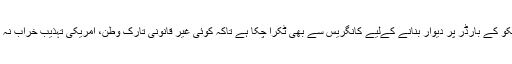
وہ میکسیکو کے بارڈر پر دیوار بنانے کےلیے کانگریس سے بھی ٹکرا چکا ہے تاکہ کوئی غیر قانونی تارکِ وطن، امریکی تہذیب خراب نہ کرسکے۔